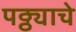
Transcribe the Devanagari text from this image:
पठ्ठ्याचे